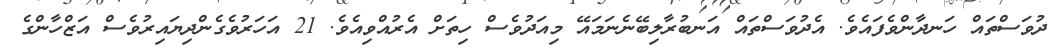
ދުވަސްތައް ހަނދާންވެފައެވެ. އެދުވަސްތައް އަނބުރާލިބޭނެނަމައޭ މިއަދުވެސް ހިތަށް އެރުއްވިއެވެ. 21 އަހަރުވެގެންދިޔައިރުވެސް އަޒްހާންގެ